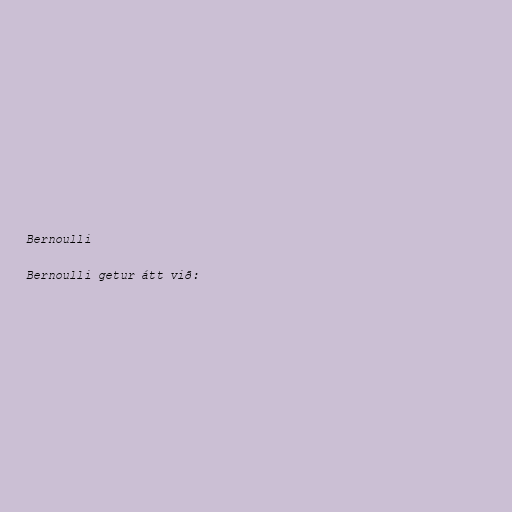
Bernoulli

Bernoulli getur átt við: